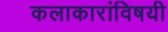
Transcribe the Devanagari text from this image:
कलाकारांविषयी